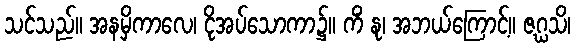
သင်သည်။ အနမှိကာလေ၊ ငိုအပ်သောကာ၌။ ကိံ နု၊ အဘယ်ကြောင့်။ ဇဂ္ဃသိ၊